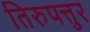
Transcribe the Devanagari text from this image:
तिरुपत्तुर